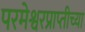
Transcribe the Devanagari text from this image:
परमेश्वरप्राप्तीच्या